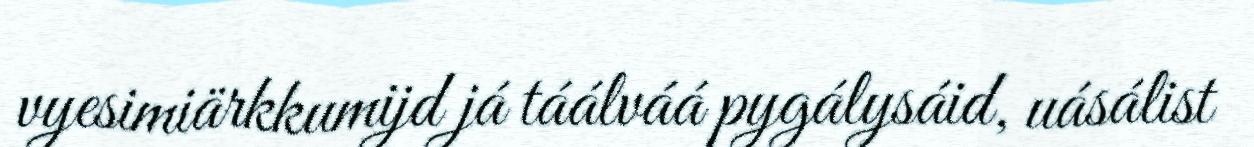
vyesimiärkkumijd já táálváá pygálysáid, uásálist